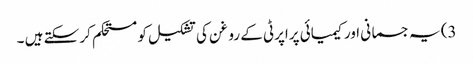
3) یہ جسمانی اور کیمیائی پراپرٹی کے روغن کی تشکیل کو مستحکم کر سکتے ہیں ۔